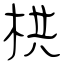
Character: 栱